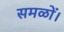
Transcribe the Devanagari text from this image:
समळों।